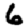
Digit: 6